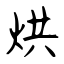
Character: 烘